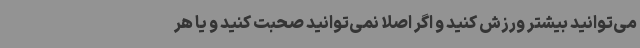
می‌توانید بیشتر ورزش کنید و اگر اصلا نمی‌توانید صحبت کنید و یا هر